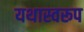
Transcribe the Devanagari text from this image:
यथास्वरूप